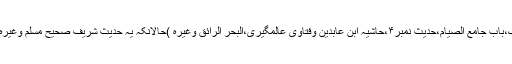
(مؤطا امام مالک،باب جامع الصیام،حدیث نمبر۴،حاشیہ ابن عابدین وفتاویٰ عالمگیری،البحر الرائق وغیرہ )حالانکہ یہ حدیث شریف صحیح مسلم وغیرہ میں مذکورہے۔